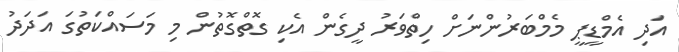
އަދި އެމްޑީޕީ މެމްބަރުންނަށް ހިތްވަރު ދީގެން އެކި ގޮތްގޮތުން މި މަސައްކަތުގަ އަދަދު